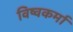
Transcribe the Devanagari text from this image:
विष्वकर्मा